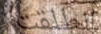
انطلقت